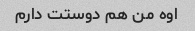
اوه من هم دوستت دارم